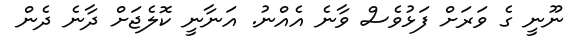
ނޫނީ ގެ ވަރަށް ފަޅުވެސް ވާނެ އެއްނު. އަނާނީ ކޮލެޖަށް ދާނެ ދެން